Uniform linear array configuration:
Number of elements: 48
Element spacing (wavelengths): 0.75
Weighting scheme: hann
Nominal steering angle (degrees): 30
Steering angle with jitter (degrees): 31.547
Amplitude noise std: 0.05
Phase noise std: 0.05

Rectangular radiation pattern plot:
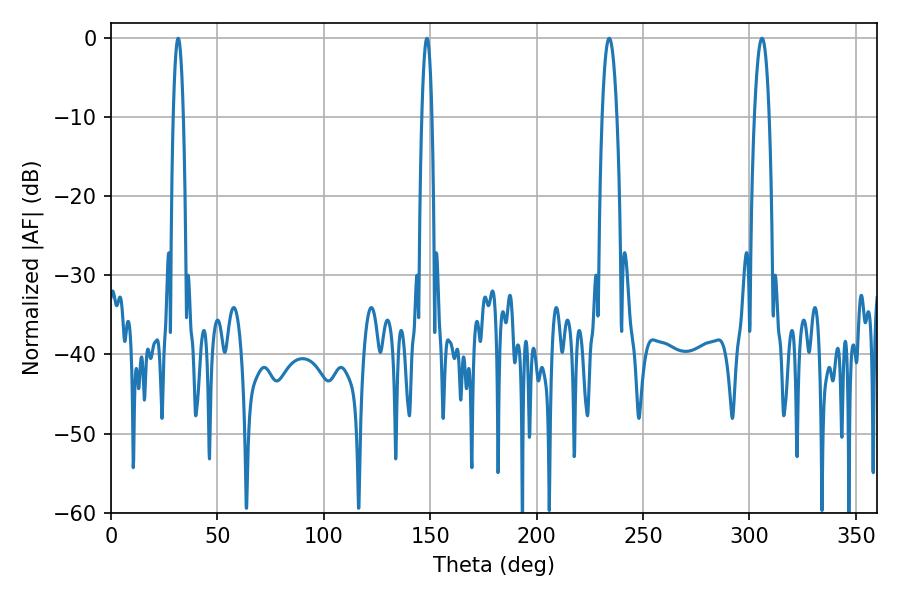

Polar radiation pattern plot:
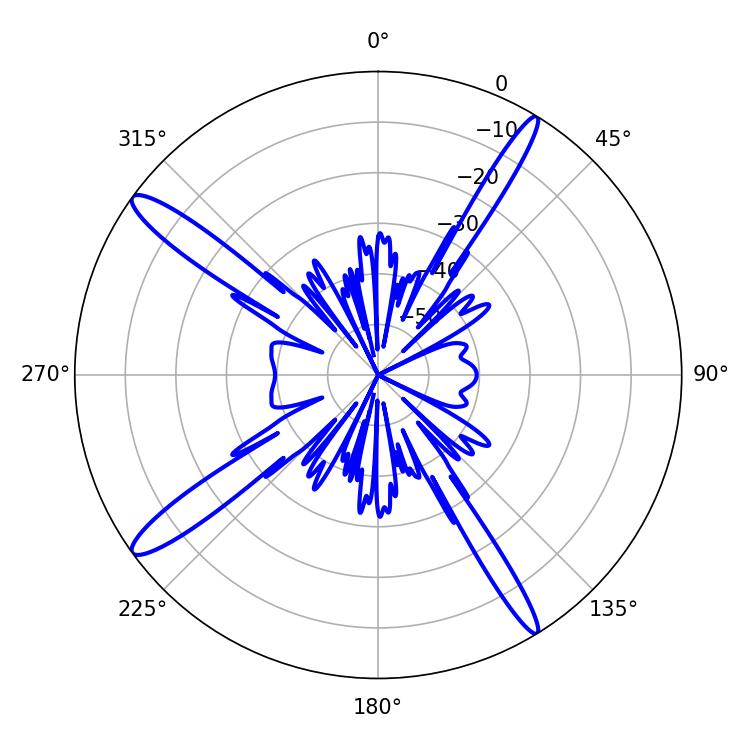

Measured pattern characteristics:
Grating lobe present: TRUE
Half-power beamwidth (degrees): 2.7
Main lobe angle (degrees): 148.5